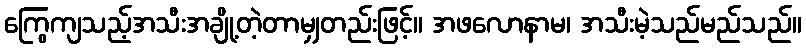
ကြွေကျသည့်အသီးအချို့တဲ့တာမျှတည်းဖြင့်။ အဖလောနာမ၊ အသီးမဲ့သည်မည်သည်။